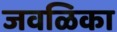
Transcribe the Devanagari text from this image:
जवळिका